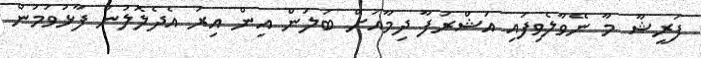
ފަރީޝާ މާ ނޭވާލެވިފައި އަޝްރަފާ ދިމާއަށް ބަލަން އިން އިރު އެދެލޮލުން ފާޅުވަމުން